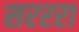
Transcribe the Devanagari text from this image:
सरररा